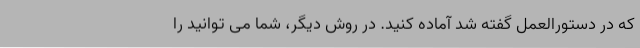
که در دستورالعمل گفته شد آماده کنید. در روش دیگر، شما می توانید را